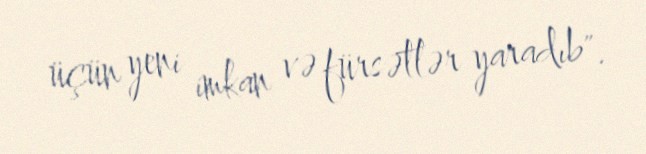
üçün yeni imkan və fürsətlər yaradıb".